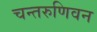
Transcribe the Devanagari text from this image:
चन्तरुणिवन